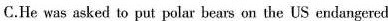
C.He was asked to put polar bears on the US cudangered